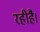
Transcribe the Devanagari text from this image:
रहीहै।